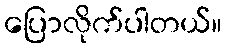
ပြောလိုက်ပါတယ်။